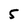
Character: 5